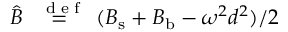
\hat { B } \stackrel { \mathrm { ~ \tiny ~ { ~ d ~ e ~ f ~ } ~ } } { = } ( { B } _ { \mathrm { s } } + { B } _ { \mathrm { b } } - \omega ^ { 2 } d ^ { 2 } ) / 2